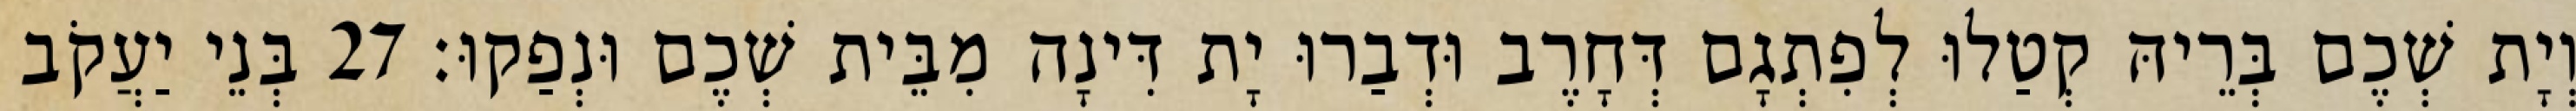
וְיָת שְׁכֶם בְּרֵיהּ קְטַלוּ לְפִתְגָם דְּחָרֶב וּדְבַרוּ יָת דִּינָה מִבֵּית שְׁכֶם וּנְפַקוּ׃ 27 בְּנֵי יַעֲקֹב